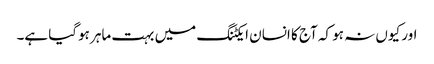
اور کیوں نہ ہو کہ آج کا انسان ایکٹنگ میں بہت ماہر ہوگیا ہے۔